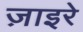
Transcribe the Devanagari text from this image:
ज़ाइरे